Indian journal of veterinary science and animal husbandry - Volumes 18-21, 1948-1951
Year: 1948
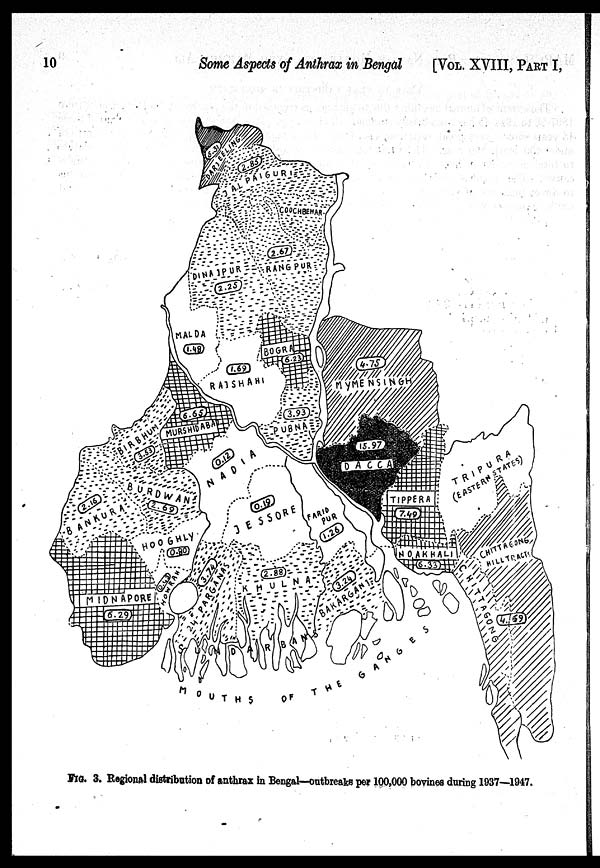
10
Some Aspects of Anthrax in Bengal
[VOL. XVIII, PART I,
FIG. 3. Regional distribution of anthrax in Bengal—outbreaks per 100,000 bovines during 1937—1947.